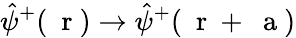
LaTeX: \hat{\psi}^{+}(\mathrm{~\mathbf~r~})\to\hat{\psi}^{+}(\mathrm{~\mathbf~r~}+\mathrm{~\mathbf~a~})